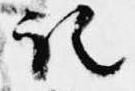
記